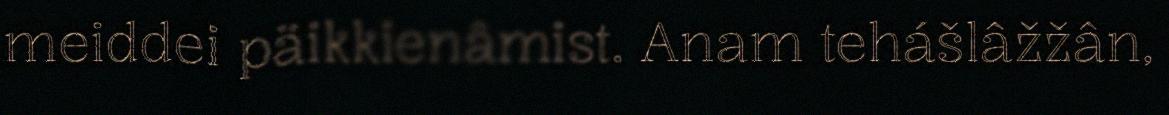
meiddei päikkienâmist. Anam tehášlâžžân,